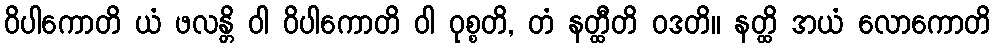
ဝိပါကောတိ ယံ ဖလန္တိ ဝါ ဝိပါကောတိ ဝါ ဝုစ္စတိ, တံ နတ္ထီတိ ဝဒတိ။ နတ္ထိ အယံ လောကောတိ